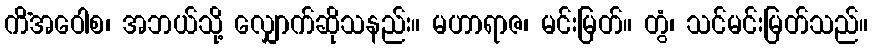
ကိံအဝေါစ၊ အဘယ်သို့ လျှောက်ဆိုသနည်း။ မဟာရာဇ၊ မင်းမြတ်။ တွံ၊ သင်မင်းမြတ်သည်။